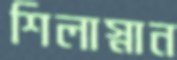
শিলাস্নান